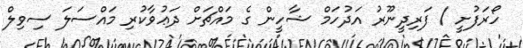
ހޯރަފުށީ / ފަރިދީނޫރު އަދުހަމް ޝާހީން ގެ މައްޗަށް ދަޢުވާކުރި މައްސަލަ ސިވިލް